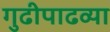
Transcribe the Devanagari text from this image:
गुढीपाढव्या